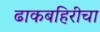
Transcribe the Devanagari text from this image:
ढाकबहिरीचा